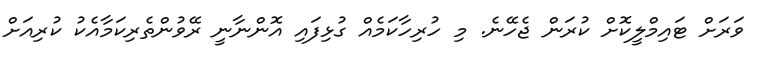
ވަރަށް ޓައިމްލީކޮށް ކުރަން ޖެހޭނެ. މި ހުރިހާކަމެއް ގުޅިފައި އޮންނާނީ ރޭވުންތެރިކަމާއެކު ކުރިއަށް